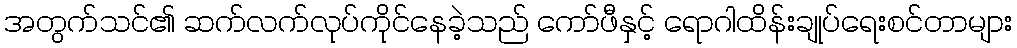
အတွက်သင်၏ ဆက်လက်လုပ်ကိုင်နေခဲ့သည် ကော်ဖီနှင့် ရောဂါထိန်းချုပ်ရေးစင်တာများ